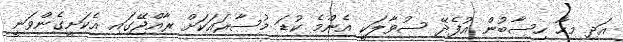
އަދި މިހާ ހިސާބުން އުފެދޭ ސުވާލަކީ އެންމެ ކުޑަ މުސާރައަކަށް ރާއްޖޭގައި އެކަށީގެންވަނީ